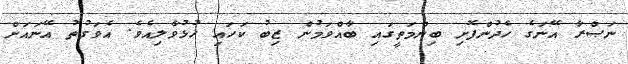
ނަޞްރާ އޭނަގެ ހެދުންފޮށި ބިންމަތީގައި ބާއްވަމުން ޒިބު ކަހައި ހުޅުވާލިއެވެ. އެވަގުތު އޭނައަށް